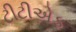
ટીટીએફ